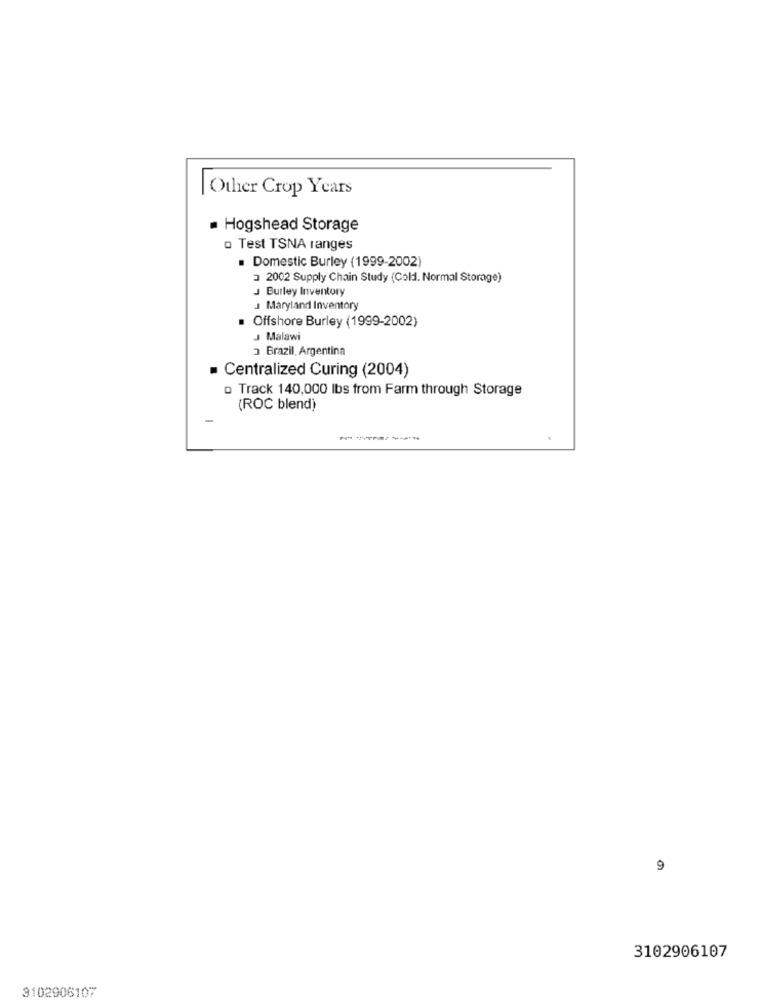
Other Crop Years
Hogshead Storage
o Test TSNA ranges
. Domestic Burley (1999-2002)
3 2002 Supply Chain Study (Cold. Normal Storage)
J Burley Inventory
J Maryland Inventory
Offshore Burley (1999-2002)
Malawi
3 Brazil, Argentina
Centralized Curing (2004)
o Track 140,000 lbs from Farm through Storage
(ROC blend)
9
3102906107
3102906107